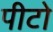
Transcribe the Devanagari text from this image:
पीटो